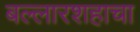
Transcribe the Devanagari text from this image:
बल्लारशहाचा